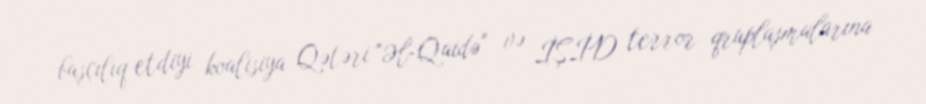
başçılıq etdiyi koalisiya Qətəri "Əl-Qaidə" və İŞİD terror qruplaşmalarına